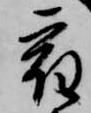
宿